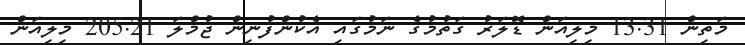
މަތިން 13.31 މިލިއަން ޑޮލަރު ގަތުމުގެ ނަމުގައި އެކުންފުނިން ޖުމްލަ 205.21 މިލިއަން